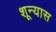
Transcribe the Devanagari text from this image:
शून्यास